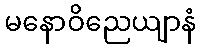
မနောဝိညေယျာနံ